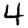
Digit: 4